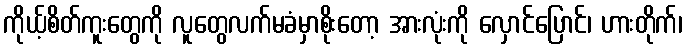
ကိုယ့်စိတ်ကူးတွေကို လူတွေလက်မခံမှာစိုးတော့ အားလုံးကို လှောင်ပြောင်၊ ဟားတိုက်၊